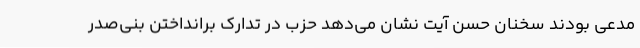
مدعی بودند سخنان حسن آیت نشان می‌دهد حزب در تدارک برانداختن بنی‌صدر